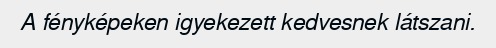
A fényképeken igyekezett kedvesnek látszani.